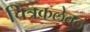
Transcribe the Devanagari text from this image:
चित्रकलेतले